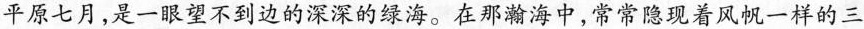
平原七月，是一眼望不到边的深深的绿海。在那瀚海中，常常隐现着风机一样的三